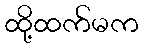
ထို့ထက်မက